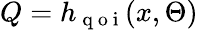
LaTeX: Q=h_{\mathrm{~q~o~i~}}(x,\Theta)